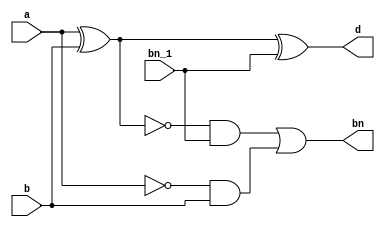
`timescale 1ns / 1ps

module FS(
input a,b,bn_1,
output bn, d
    );
 
    assign d= a^b^(bn_1),
    bn = (~(a^b)&(bn_1))|(~a&b);
endmodule